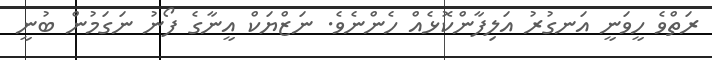
ރަތްވެ ހީވަނީ އަނގުރު އަލިފާންކޮޅެއް ހެންނެވެ. ނަޒްޔަކް އީނާގެ ފޯނު ނަގަމުން ބުނީ